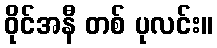
ဝိုင်အနီ တစ် ပုလင်း။